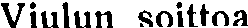
Viulun soittoa